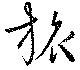
旅